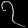
Digit: ၇